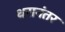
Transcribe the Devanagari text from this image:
थरानंतर